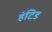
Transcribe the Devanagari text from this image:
हंटिड